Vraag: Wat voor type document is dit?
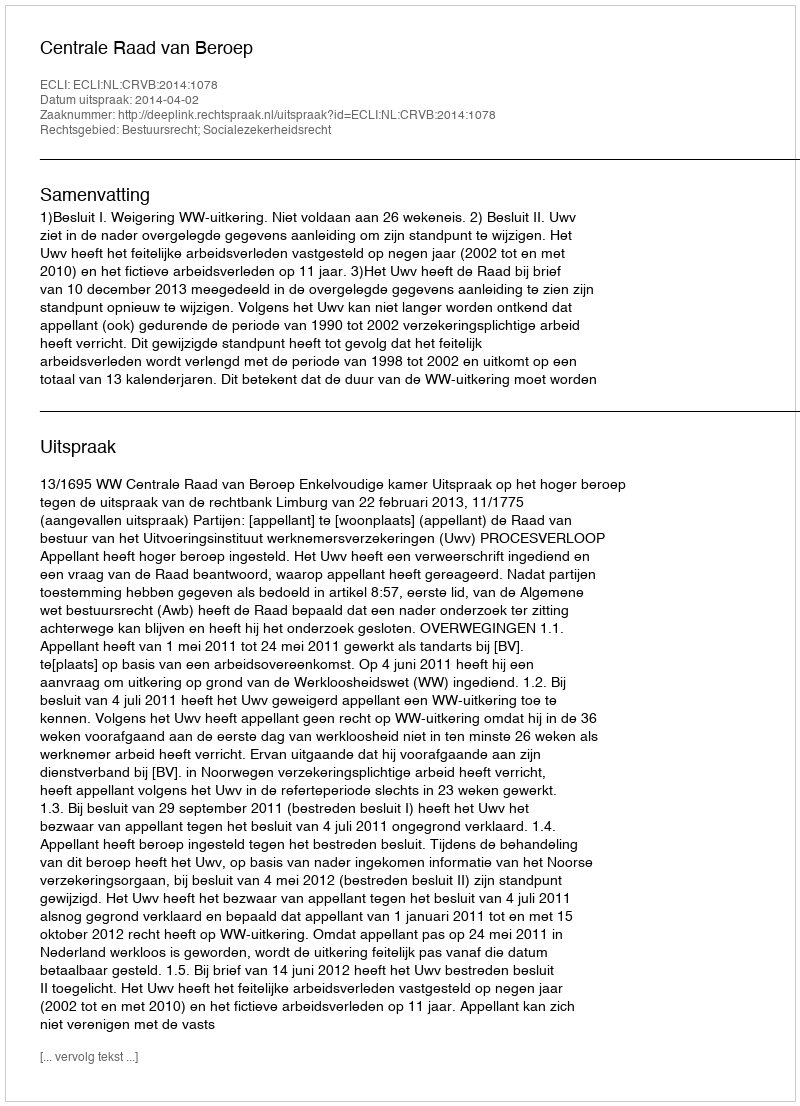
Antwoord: Uitspraak